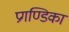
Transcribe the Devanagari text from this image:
प्रगण्डिका